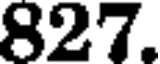
827.